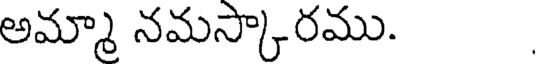
అమ్మా నమస్కారము.